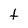
Character: t